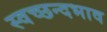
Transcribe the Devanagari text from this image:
स्वच्छन्दभाव